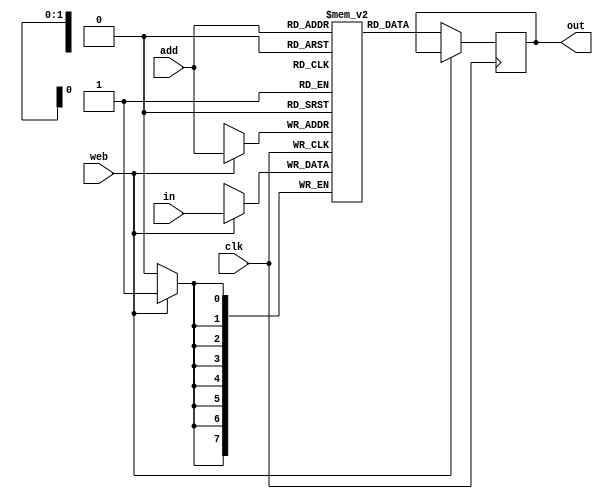
module ram4(in,out,clk,web,add);
input clk,web;
input[7:0] in;
output[7:0] out;
input[1:0] add;
reg[7:0]RAM[3:0];
reg[7:0] out;
always@ (posedge clk)
begin
if(web)
RAM[add]<=in;
else
out <= RAM[add];
end
endmodule